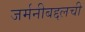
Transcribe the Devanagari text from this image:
जर्मनीबद्दलची